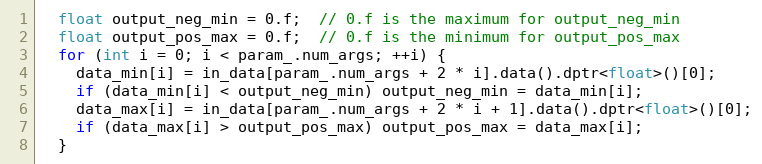
Language: C++
  float output_neg_min = 0.f;  // 0.f is the maximum for output_neg_min
  float output_pos_max = 0.f;  // 0.f is the minimum for output_pos_max
  for (int i = 0; i < param_.num_args; ++i) {
    data_min[i] = in_data[param_.num_args + 2 * i].data().dptr<float>()[0];
    if (data_min[i] < output_neg_min) output_neg_min = data_min[i];
    data_max[i] = in_data[param_.num_args + 2 * i + 1].data().dptr<float>()[0];
    if (data_max[i] > output_pos_max) output_pos_max = data_max[i];
  }